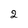
Character: 2